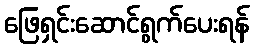
ဖြေရှင်းဆောင်ရွက်ပေးရန်